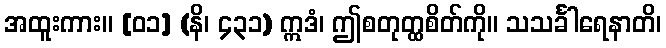
အထူးကား။ [၀၁] (နိ၊ ၄၃၁) ဣဒံ၊ ဤစတုတ္ထစိတ်ကို။ သသင်္ခါရေနာတိ၊